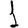
Digit: 1